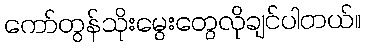
ကော်တွန်သိုးမွေးတွေလိုချင်ပါတယ်။